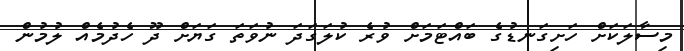
މިސާލަކަށް ހަށިގަނޑުގެ ބައްޓަމަށް ވުރެ ކުލަގަދަ ނުވަތަ ގަޔަށް ދޫ ހެދުމެއް ލުމުން